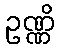
ဥဏ္ဏိ